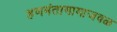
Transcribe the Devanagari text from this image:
हणमंतामामाजवळ